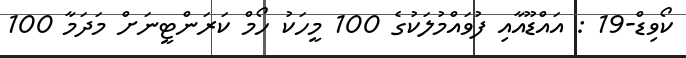
ކޯވިޑް-19 : އައްޑޫއާއި ފުވައްމުލަކުގެ 100 މީހަކު ހޯމް ކަރަންޓީނަށް މަދަމާ 100